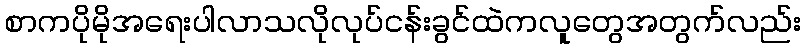
စာကပိုမိုအရေးပါလာသလိုလုပ်ငန်းခွင်ထဲကလူတွေအတွက်လည်း